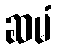
ဆမံ